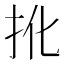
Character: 𢪎